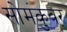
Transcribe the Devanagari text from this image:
सोमंकुवर